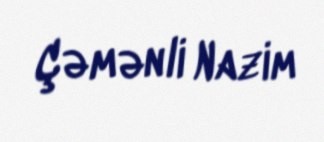
Çəmənli Nazim